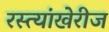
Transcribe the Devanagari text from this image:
रस्त्यांखेरीज